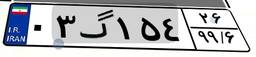
۰۳گ۱۵۴۲۶